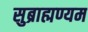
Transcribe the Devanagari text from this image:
सुब्राह्मण्यम